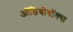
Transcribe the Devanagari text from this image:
ऑडियोवॉक्स